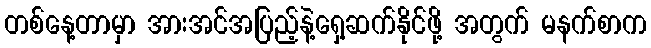
တစ်နေ့တာမှာ အားအင်အပြည့်နဲ့ရှေ့ဆက်နိုင်ဖို့ အတွက် မနက်စာက